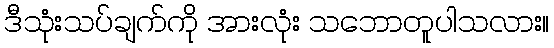
ဒီသုံးသပ်ချက်ကို အားလုံး သဘောတူပါသလား။